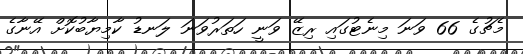
މެޗުގެ 66 ވަނަ މިނެޓުގައި ރިޒޭ ވަނީ ހަތަރުވަނަ ލަނޑު ކާމިޔާބުކޮށް އޭނާގެ